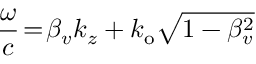
\frac { \omega } { c } \! = \! \beta _ { v } k _ { z } + k _ { \mathrm { o } } \sqrt { 1 - \beta _ { v } ^ { 2 } }